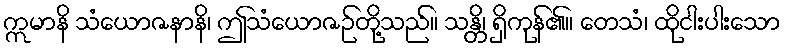
ဣမာနိ သံယောဇနာနိ၊ ဤသံယောဇဉ်တို့သည်။ သန္တိ၊ ရှိကုန်၏။ တေသံ၊ ထိုငါးပါးသော